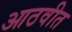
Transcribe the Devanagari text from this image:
आठवीत